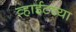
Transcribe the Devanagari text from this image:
व्हाईटच्या